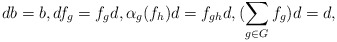
\begin{align*}db=b, df_g=f_gd, \alpha_g(f_h)d=f_{gh}d, (\sum_{g\in G}f_g)d=d,\end{align*}